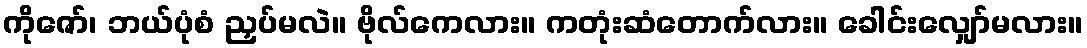
ကိုဇော်၊ ဘယ်ပုံစံ ညှပ်မလဲ။ ဗိုလ်ကေလား။ ကတုံးဆံတောက်လား။ ခေါင်းလျှော်မလား။